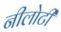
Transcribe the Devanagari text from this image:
नीलोटी